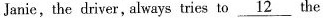
Janie. the driver. always tries to \underline{12} the